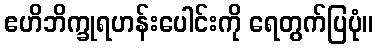
ဧဟိဘိက္ခုရဟန်းပေါင်းကို ရေတွက်ပြပုံ။